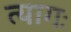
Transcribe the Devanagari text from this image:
त्यागः